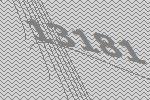
13181